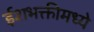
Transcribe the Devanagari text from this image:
ईशभक्तीमध्ये